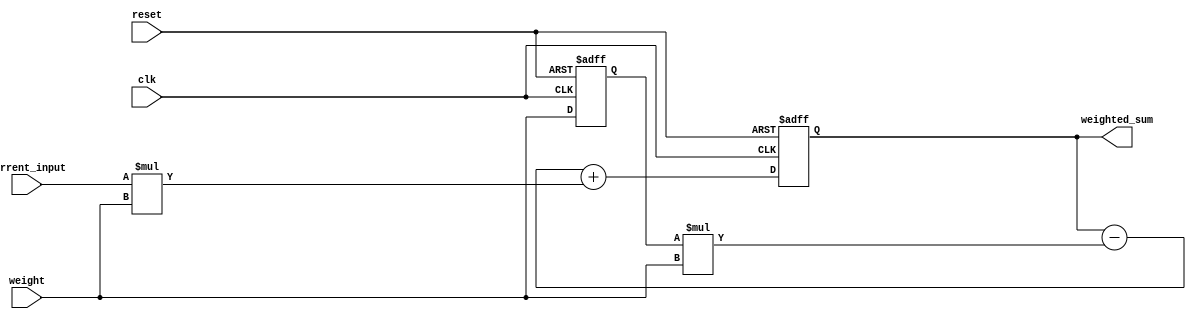
module WeightedMovingAverageAccumulator (
    input wire clk,
    input wire reset,
    input wire [7:0] current_input,
    input wire [7:0] weight,
    output reg [15:0] weighted_sum
);

reg [15:0] previous_weighted_sum;
reg [7:0] previous_weight_sum;

always @(posedge clk or posedge reset) begin
    if (reset) begin
        previous_weighted_sum <= 16'd0;
        previous_weight_sum <= 8'd0;
    end else begin
        previous_weighted_sum <= (previous_weighted_sum - (previous_weight_sum * weight)) + (current_input * weight);
        previous_weight_sum <= weight;
    end
end

assign weighted_sum = previous_weighted_sum;

endmodule